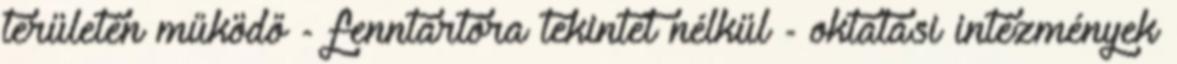
területén működő - fenntartóra tekintet nélkül - oktatási intézmények